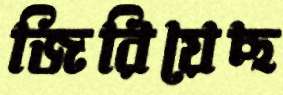
জিরিয়েছ